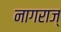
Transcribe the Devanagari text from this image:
नागराज्